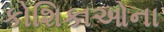
કોશિકાઓના